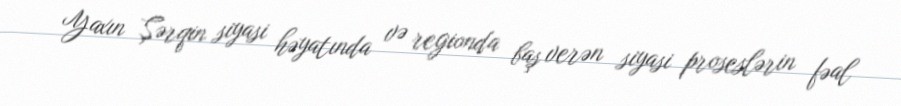
Yaxın Şərqin siyasi həyatında və regionda baş verən siyasi proseslərin fəal